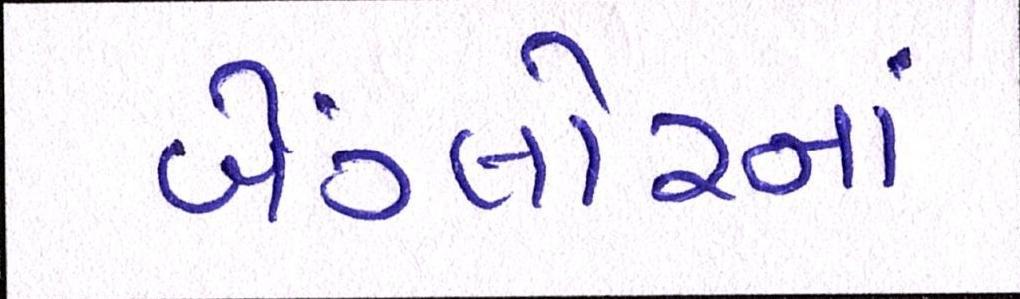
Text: બેંગ્લોરનાં